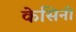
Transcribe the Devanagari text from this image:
केसिनी